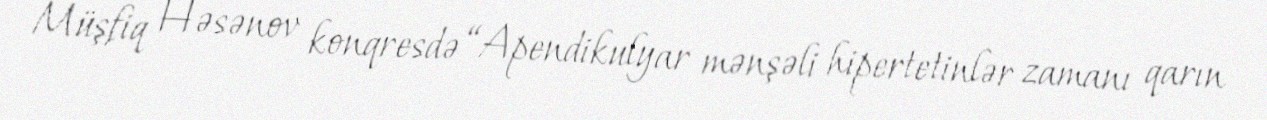
Müşfiq Həsənov konqresdə “Apendikulyar mənşəli hipertetinlər zamanı qarın